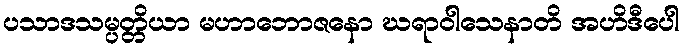
ပသာဒသမ္ပတ္တိယာ မဟာဘောဇနော ဃရာဝါသေနာတိ အဟိဒီပေါ